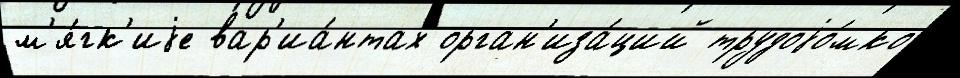
м'я́гк'иjе вар'иа́нтах орган'иза́ций трудоjо́мко